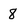
Character: 8